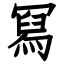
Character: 冩